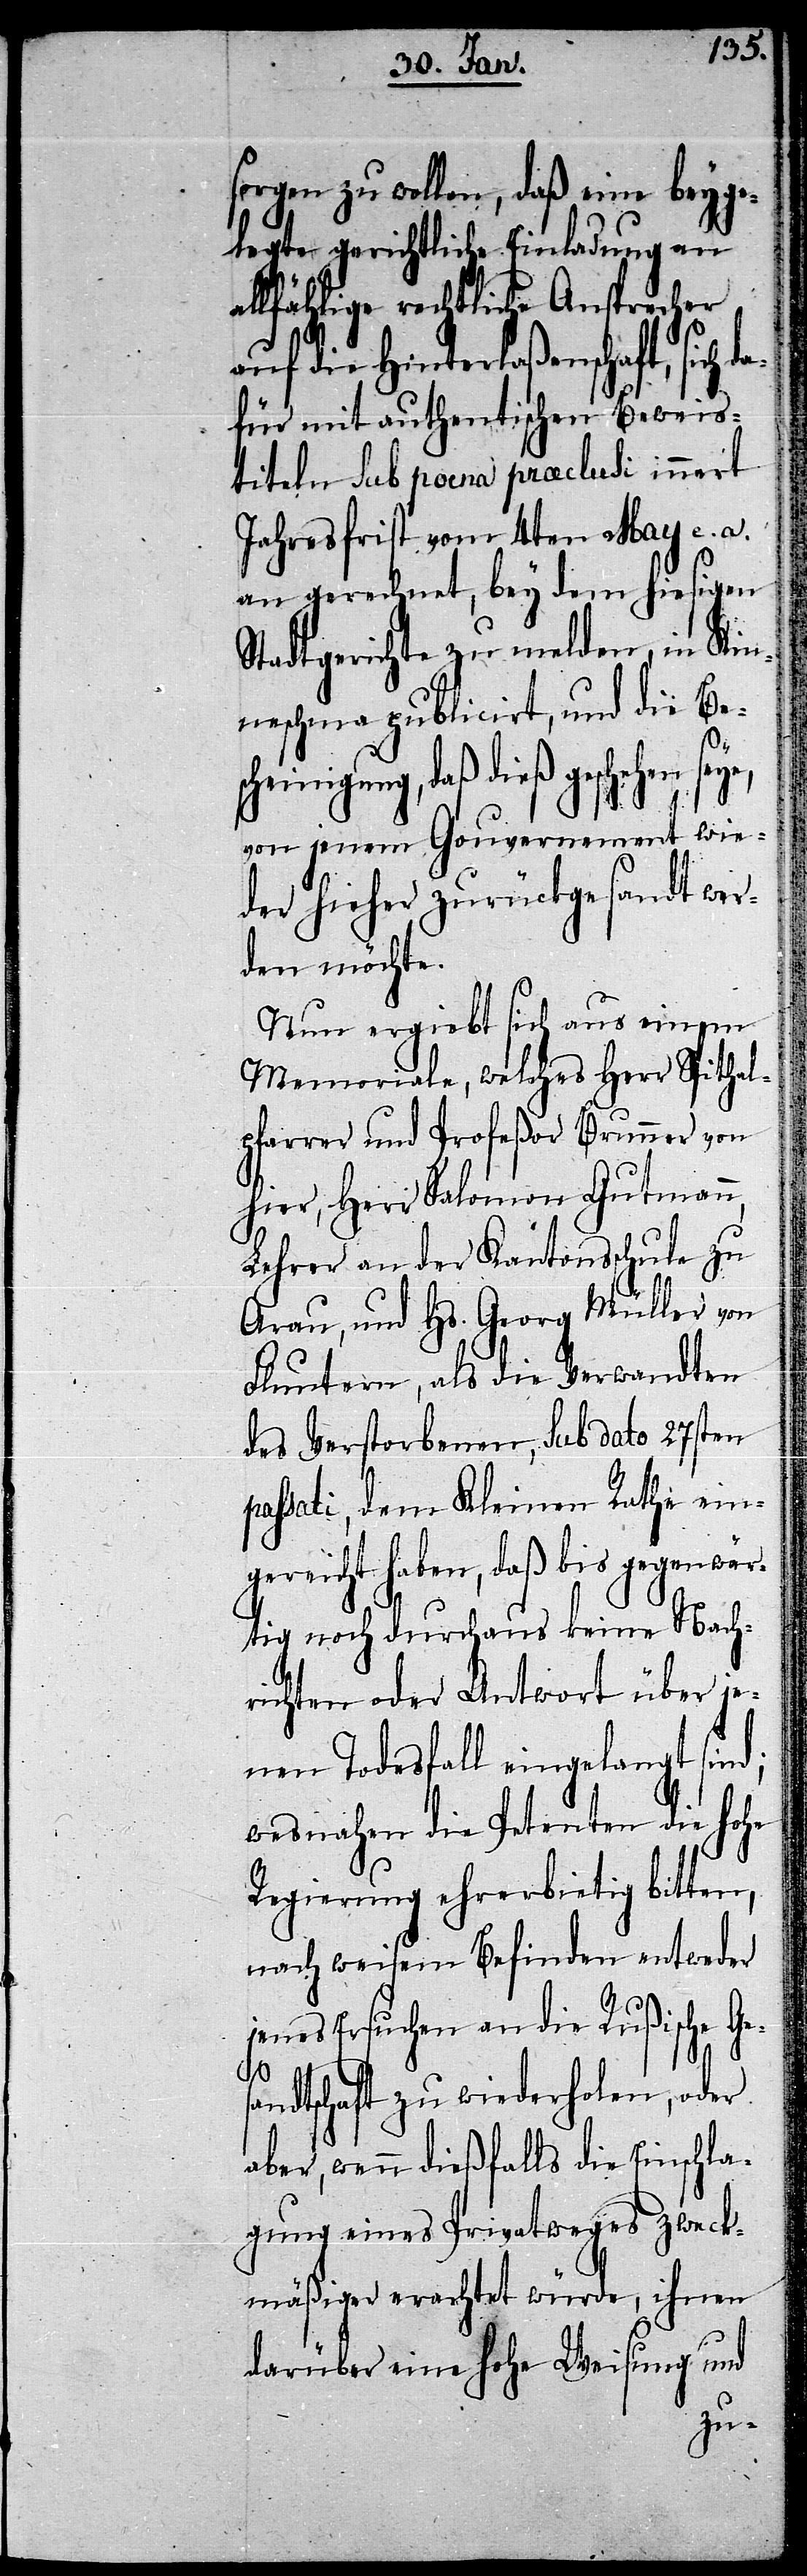
sorgen zu wollen, daß eine beyge¬
legte gerichtliche Einladung an
allfählige rechtliche Ansprecher
auf die Hinterlaßenschaft, sich
für mit authentischen Beweis¬
titeln sub poena praeclusi innert
Jahresfrist vom 4ten May e. a.
an gerechnet, bey dem hiesigen
Stadtgerichte zu melden, in Kin¬
neschma publicirt, und die Be¬
da¬
scheinigung, daß dieß geschehen
von jenem Gouvernement wie¬
der hieher zurückgesandt wer¬
den möchte.
Nun ergiebt sich aus einem
Memoriale, welches Herr Spithal¬
pfarrer und Profeßor Brunner von
hier, Herr Salomon Gutmann,
Lehrer an der Kantonsschule zu
Arau, und Hs. Georg Müller von
Fluntern, als die Verwandten
des Verstorbenen, sub dato 27sten
passati, dem Kleinen Rathe ein¬
gereicht haben, daß bis gegenwär¬
tig noch durchaus keine Nach¬
richten oder Antwort über je¬
nen Todesfall eingelangt sind;
wesnahen die Petenten die hohe
Regierung ehrerbietig bitten,
nach weisem Befinden entweder
jenes Ersuchen an die Rußische Ge¬
s¬
andtschaft zu wiederholen, oder
aber, wenn dießfalls die Einschla¬
gung eines Privatweges zweck¬
mäßiger erachtet würde, ihnen
darüber eine hohe Weisung und